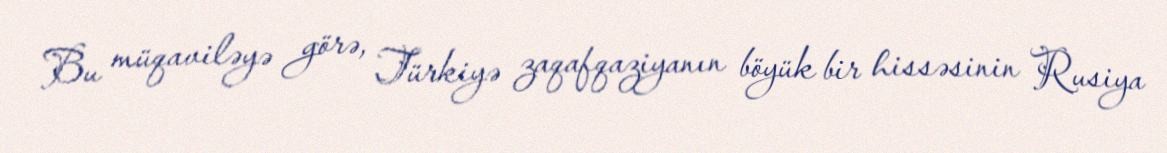
Bu müqaviləyə görə, Türkiyə zaqafqaziyanın böyük bir hissəsinin Rusiya